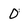
Character: 0